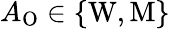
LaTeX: A_{\mathrm{O}}\in\{ \mathrm{W},\mathrm{M}\}